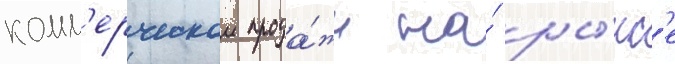
комм'ерческои прода́жи на́ ры́нк'е